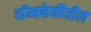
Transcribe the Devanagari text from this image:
बॉम्बफेकीतील